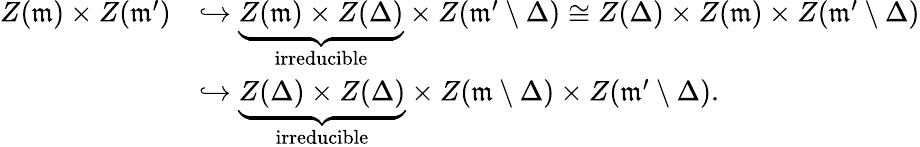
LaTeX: \begin{array}{rl}{Z(\mathfrak{m})\times Z(\mathfrak{m}^{\prime})}&{\hookrightarrow\underbrace{Z(\mathfrak{m})\times Z(\Delta)}_{\mathrm{irreducible}}\times Z(\mathfrak{m}^{\prime}\setminus\Delta)\cong Z(\Delta)\times Z(\mathfrak{m})\times Z(\mathfrak{m}^{\prime}\setminus\Delta)}\\ &{\hookrightarrow\underbrace{Z(\Delta)\times Z(\Delta)}_{\mathrm{irreducible}}\times Z(\mathfrak{m}\setminus\Delta)\times Z(\mathfrak{m}^{\prime}\setminus\Delta).}\end{array}